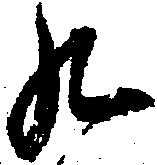
九